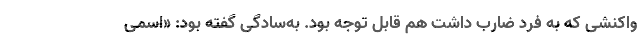
واکنشی که به فرد ضارب داشت هم قابل توجه بود. به‌سادگی گفته بود: «اسمی